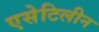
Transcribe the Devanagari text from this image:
एसेटिलीन